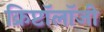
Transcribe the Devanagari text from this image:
क्रिप्टॉलॉजी